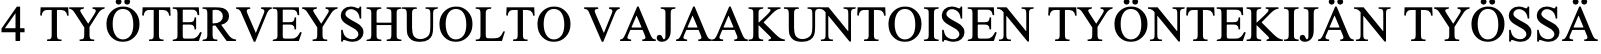
4 TYÖTERVEYSHUOLTO VAJAAKUNTOISEN TYÖNTEKIJÄN TYÖSSÄ